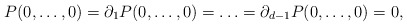
\begin{align*}P(0,\ldots, 0)=\partial_1P(0,\ldots, 0)=\ldots=\partial_{d-1}P(0,\ldots, 0)=0,\end{align*}